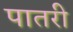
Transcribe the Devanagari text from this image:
पातरी